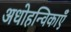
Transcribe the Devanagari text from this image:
अधोहन्विकाएँ